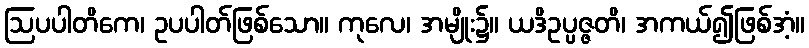
ဩပပါတိကေ၊ ဥပပါတ်ဖြစ်သော။ ကုလေ၊ အမျိုး၌။ ယဒိဥပ္ပဇ္ဇတိ၊ အကယ်၍ဖြစ်အံ့။